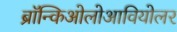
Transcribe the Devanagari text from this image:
ब्रॉन्किओलोआवियोलर